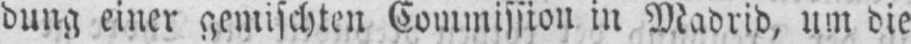
dung einer gemischten Commission in Madrid, um die